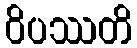
ဝိပဿတိ